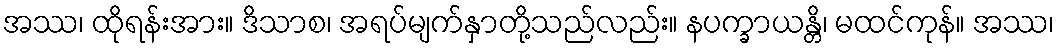
အဿ၊ ထိုရန်းအား။ ဒိသာစ၊ အရပ်မျက်နှာတို့သည်လည်း။ နပက္ခာယန္တိ၊ မထင်ကုန်။ အဿ၊